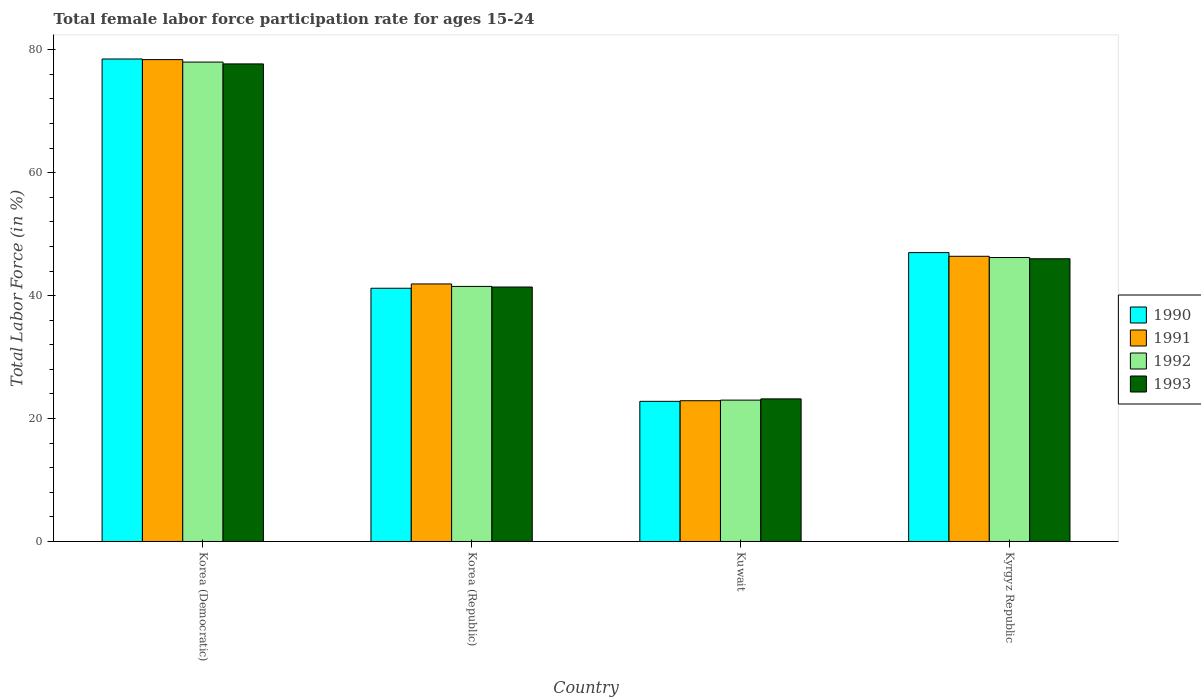
| Country | 1990 | 1991 | 1992 | 1993 |
 | --- | --- | --- | --- | --- |
 | Korea (Democratic) | 78.5 | 78.4 | 78 | 77.7 |
 | Korea (Republic) | 41.2 | 41.9 | 41.5 | 41.4 |
 | Kuwait | 22.8 | 22.9 | 23 | 23.2 |
 | Kyrgyz Republic | 47 | 46.4 | 46.2 | 46 |